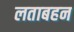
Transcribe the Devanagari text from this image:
लताबहन